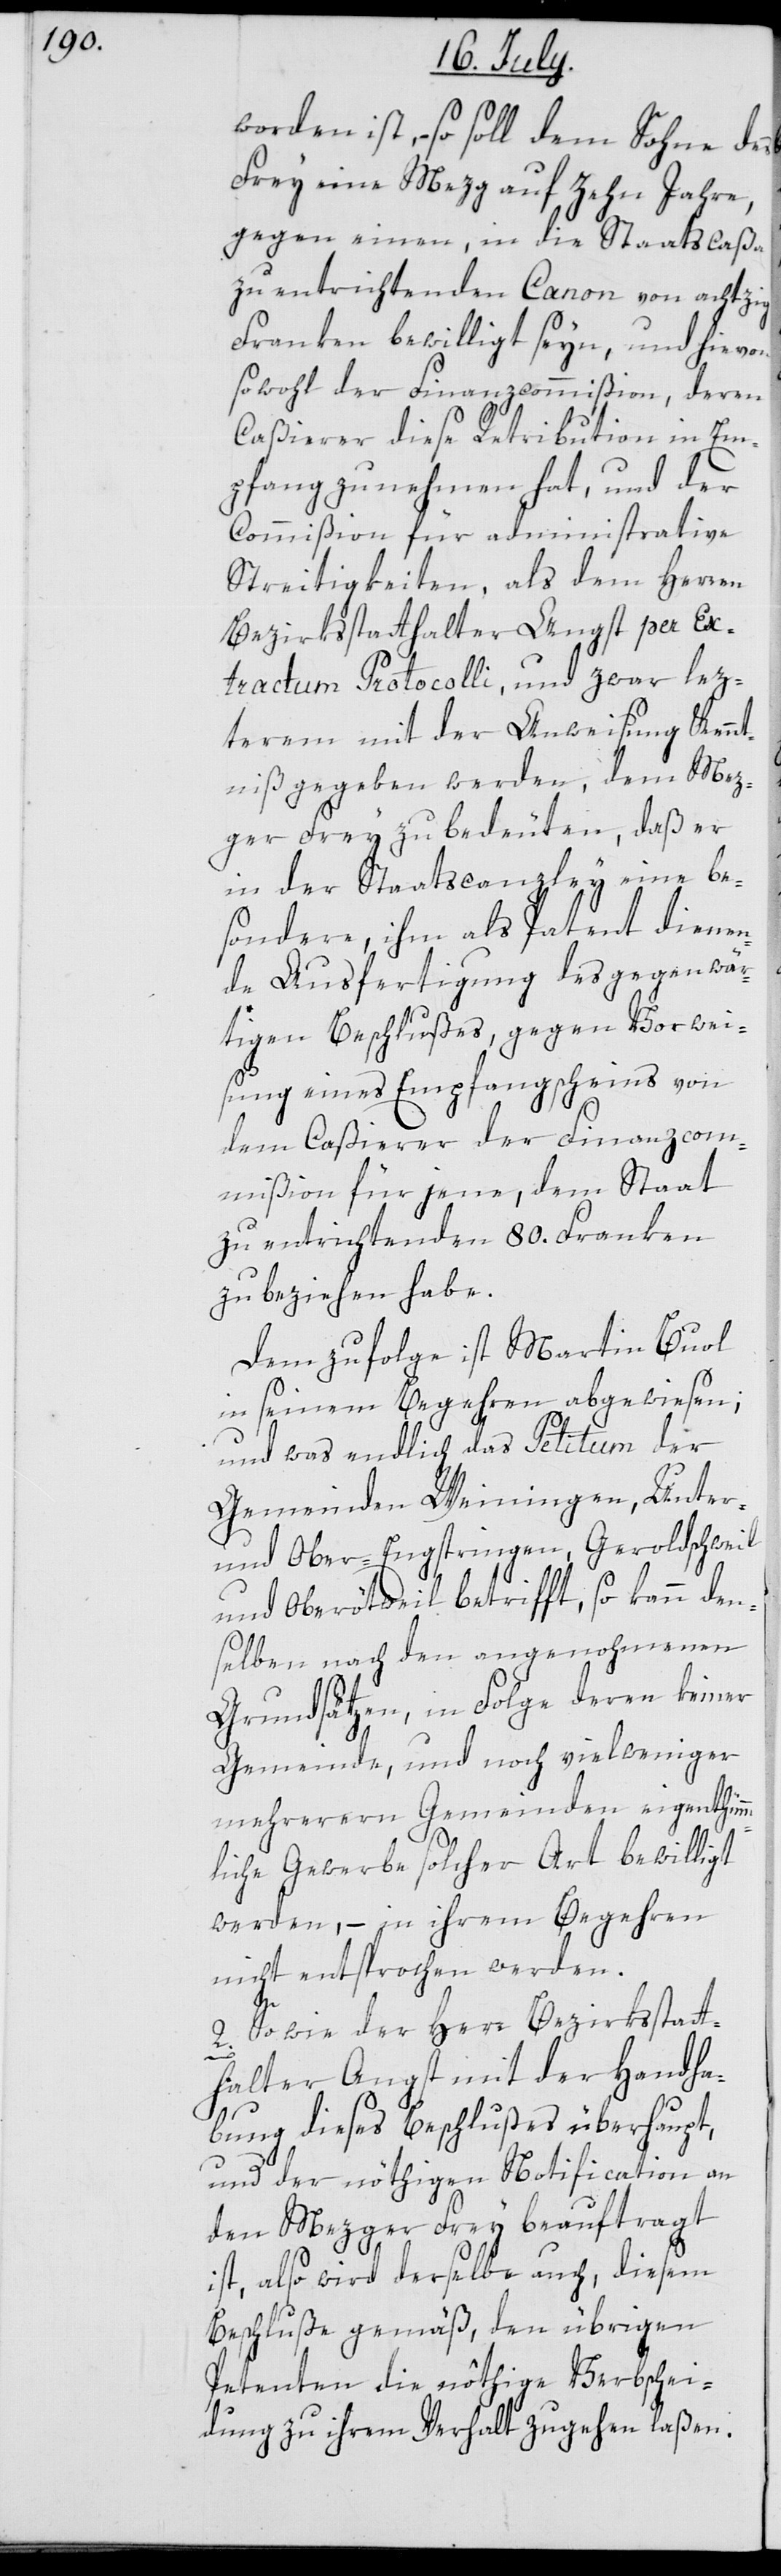
worden ist, so soll dem Sohne des
Frey eine Mezg auf zehn Jahre,
gegen einen, in die Staatscaßa
zu entrichtenden Canon von achtzig
Franken bewilligt seyn, und hievon
sowohl der Finanzcommißion, deren
Caßierer diese Retribution in Em¬
pfang zu nehmen hat, und der
Commißion für administrative
Streitigkeiten, als dem Herren
Bezirksstatthalter Angst per Ex¬
tractum Protocolli, und zwar lez¬
terem mit der Anweisung Kennt¬
niß gegeben werden, dem Mez¬
ger Frey zu bedeuten, daß er
in der Staatscanzley eine be¬
sondere, ihm als Patent dienen¬
de Ausfertigung des gegenwär¬
tigen Beschlußes, gegen Vorwei¬
sung eines Empfangsscheins von
dem Caßierer der Finanzcom¬
mißion für jene, dem Staat
zu entrichtenden 80. Franken
zu beziehen habe.
Dem zufolge ist Martin Buol
in seinem Begehren abgewiesen;
und was endlich das Petitum der
Gemeinden Weiningen, Unter-
und Ober-Engstringen, Geroldschweil
und Oberötweil betrifft, so kann den¬
selben nach den angenohmenen
Grundsätzen, in Folge deren keiner
Gemeinde, und noch vielweniger
mehreren Gemeinden eigenthümm¬
liche Gewerbe solcher Art bewilligt
werden, – in ihrem Begehren
nicht entsprochen werden.
Sowie der Herr Bezirksstat¬
t¬
halter Angst mit der Handha¬
bung dieses Beschlußes überhaupt,
und der nöthigen Notification an
den Mezger Frey beauftragt
ist, also wird derselbe auch diesem
Beschluße gemäß, den übrigen
Petenten die nöthige Verbschei¬
dung zu ihrem Verhalt zugehen laßen.